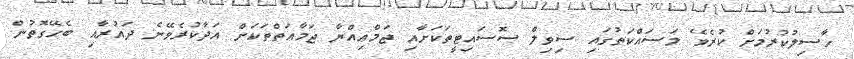
ހާސިލުކުރުމަށް ކުރެވޭ މަސައްކަތުގައި ސިވިލް ސޮސައިޓީތަކަށާއި ޖަމްޢިއްޔާ ޖަމާޢަތްތަކަށް އަދާކުރެވޭނެ ދައުރާއި ބެހޭގޮތުން